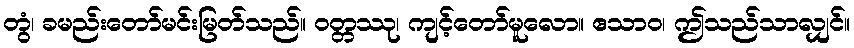
တွံ၊ ခမည်းတော်မင်းမြတ်သည်။ ဝတ္တဿု၊ ကျင့်တော်မူလော။ ဧသာဝ၊ ဤသည်သာလျှင်။